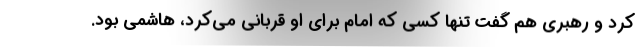
کرد و رهبری هم گفت تنها کسی که امام برای او قربانی می‌کرد، هاشمی بود.